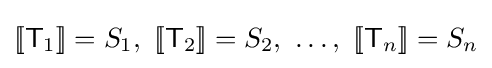
[\![{\mathsf {T}}_{1}]\!]=S_{1},~[\![{\mathsf {T}}_{2}]\!]=S_{2},~\ldots ,~[\![{\mathsf {T}}_{n}]\!]=S_{n}